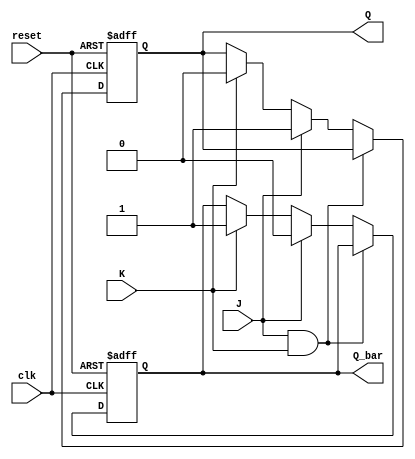
module JK_flipflop (
    input clk,
    input reset,
    input J,
    input K,
    output reg Q,
    output reg Q_bar
);

always @(posedge clk or posedge reset) begin
    if (reset) begin
        Q <= 1'b0;
        Q_bar <= 1'b1;
    end else begin
        if (J & K) begin
            Q <= Q;
            Q_bar <= Q_bar;
        end else if (J) begin
            Q <= 1'b1;
            Q_bar <= 1'b0;
        end else if (K) begin
            Q <= 1'b0;
            Q_bar <= 1'b1;
        end
    end
end

endmodule